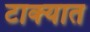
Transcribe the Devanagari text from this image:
टाक्‍यात